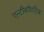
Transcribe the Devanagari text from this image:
एन्टीबॉयटिक